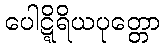
ပေါဋ္ဋိရိယပုတ္တော